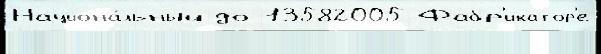
Национа́льный до 13582005 Фабр'икатор'е